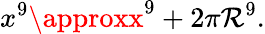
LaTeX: x^{9}\approxx^{9}+2\pi\mathcal{R}^{9}.